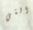
التي